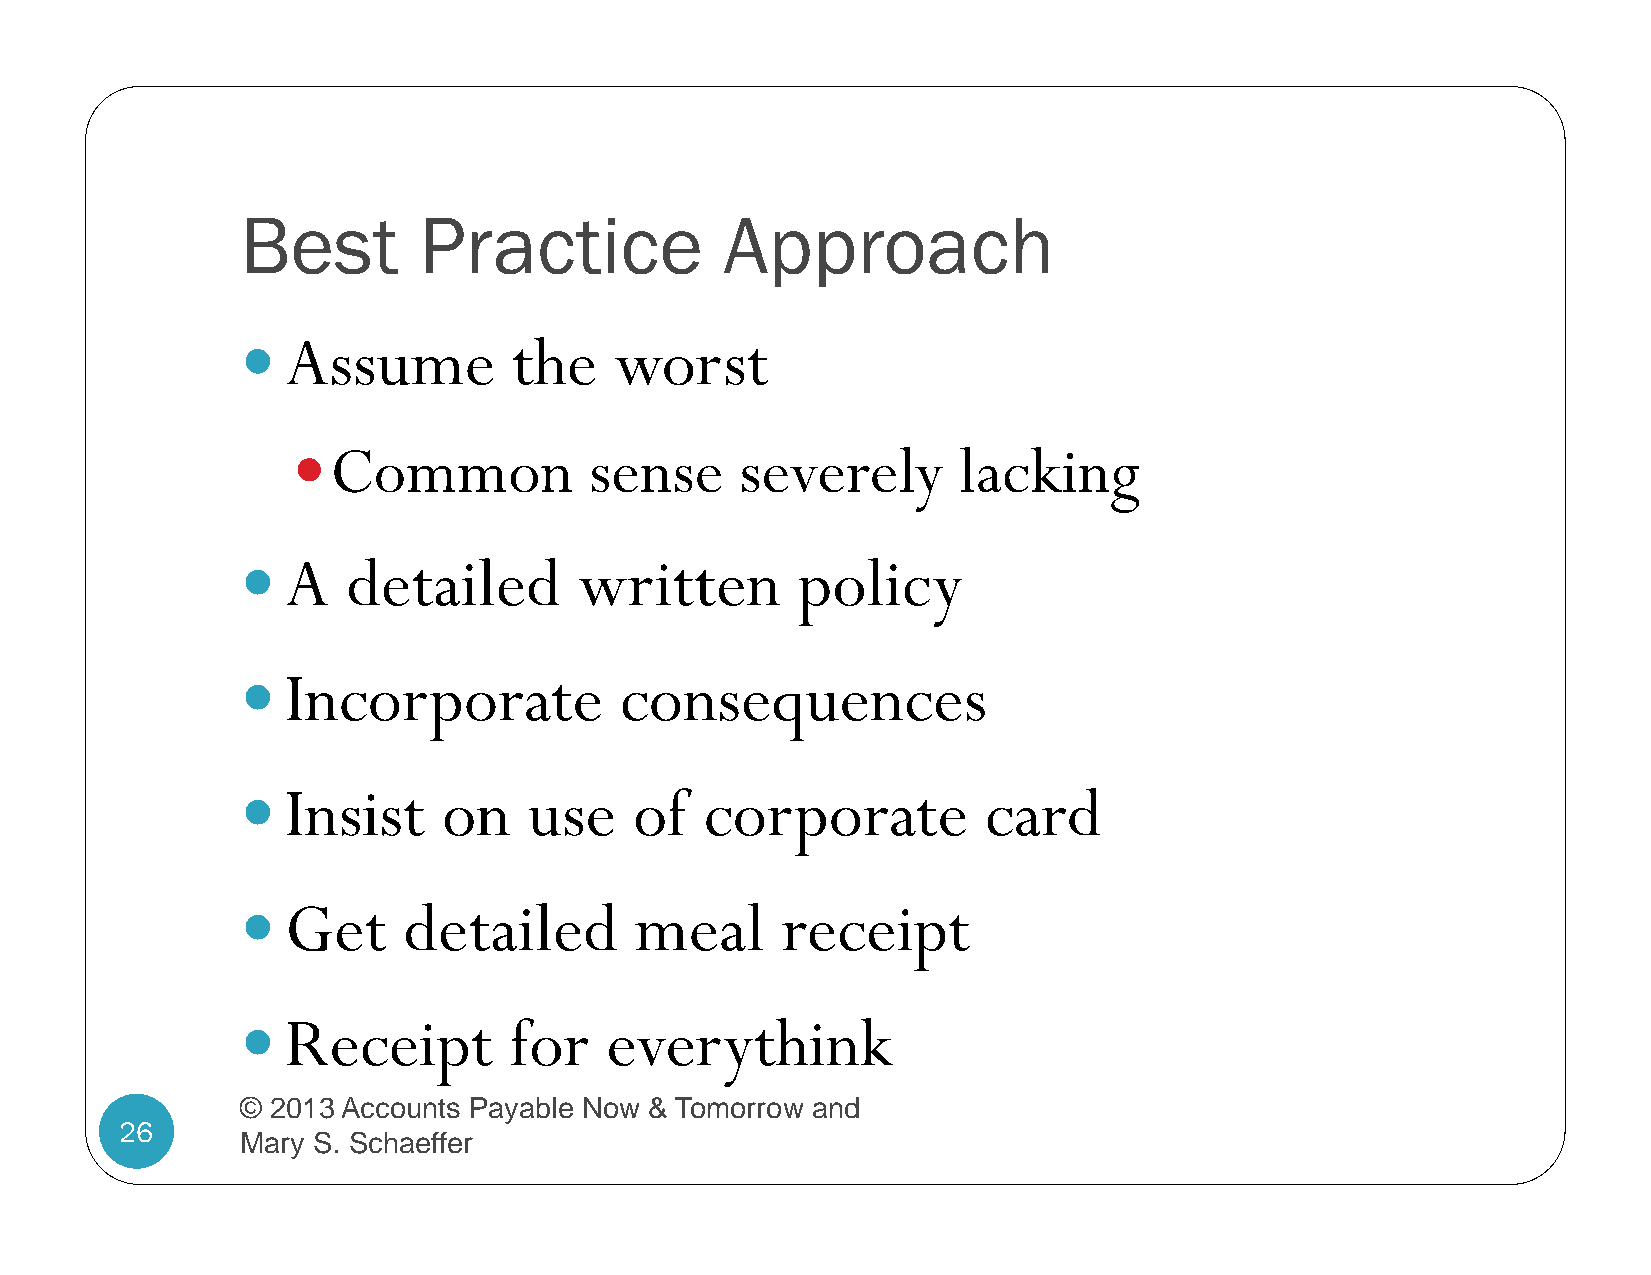
Best        Practice            Approach
   Assume         the    worst
 Common             sense     severely      lacking
   A   detailed       written        policy
   Incorporate           consequences
   Insist    on    use    of   corporate         card
   Get     detailed       meal      receipt
   Receipt        for   everythink
 © 2013 Accounts Payable Now & Tomorrow and
 26
 Mary S. Schaeffer